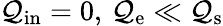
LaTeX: \mathcal{Q}_{\mathrm{{in}}}=0,\, \mathcal{Q}_{\mathrm{{e}}}\ll\mathcal{Q}_{\mathrm{{s}}}